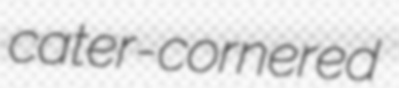
cater-cornered